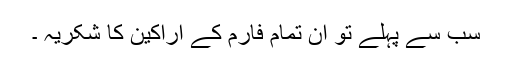
سب سے پہلے تو اُن تمام فارم کے اراکین کا شکریہ ۔